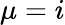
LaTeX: \mu=i